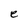
Character: e